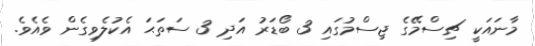
މާނަައަކީ ޗިސްމޭގެ ޖިސްމުގައި 3 ބޯޑަރު އަދި 3 ސަތަޙަ އެކުލެވިގެން ވެއެވެ.